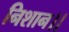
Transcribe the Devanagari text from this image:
निशान।।